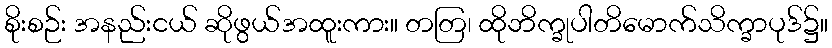
စိုးစဉ်း အနည်းငယ် ဆိုဖွယ်အထူးကား။ တတြ၊ ထိုဘိက္ခုပါတိမောက်သိက္ခာပုဒ်၌။